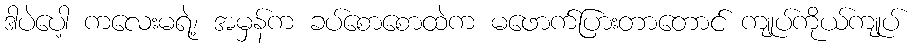
ဒါပဲပေါ့ ကလေးမရဲ့၊ အမှန်က ခပ်စောစောထဲက မဖောက်ပြားတာတောင် ကျုပ်ကိုယ်ကျုပ်